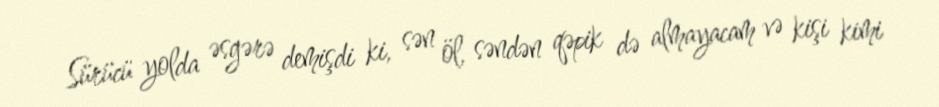
Sürücü yolda əsgərə demişdi ki, sən öl, səndən qəpik də almayacam və kişi kimi